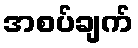
အစပ်ချက်